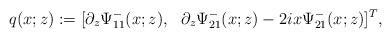
LaTeX: \begin{align*}q(x;z):= [ \partial_z \Psi^-_{11} (x;z), \ \ \partial_z \Psi^-_{21}(x;z)-2 i x \Psi^-_{21}(x;z)]^T,\end{align*}